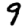
Digit: 9